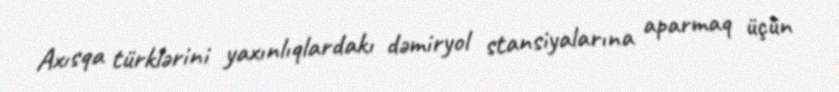
Axısqa türklərini yaxınlıqlardakı dəmiryol stansiyalarına aparmaq üçün